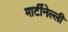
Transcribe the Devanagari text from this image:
मार्टीनेल्ली